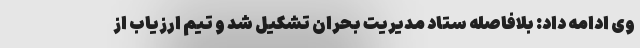
وی ادامه داد: بلافاصله ستاد مدیریت بحران تشکیل شد و تیم ارزیاب از